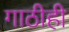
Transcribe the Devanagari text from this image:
गाठीही